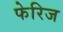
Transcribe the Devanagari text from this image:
फेरिज